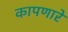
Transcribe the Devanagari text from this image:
कापणारे